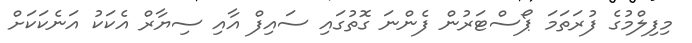
މިފިލްމުގެ ފުރަތަމަ ޕޯސްޓަރުން ފެންނަ ގޮތުގައި ސައިފް އާއި ސިޔާރް އެކަކު އަނެކަކަށް